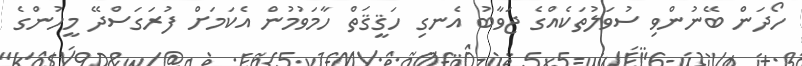
ހޯދަން ބޭނުންވި ސުވަލުތަކެއްގެ ޖަވާބު އެނގި ހަޤީޤަތް ހާމަވުމުން އެކަމަށް ފުރަގަސްދޭ މީހުންގެ